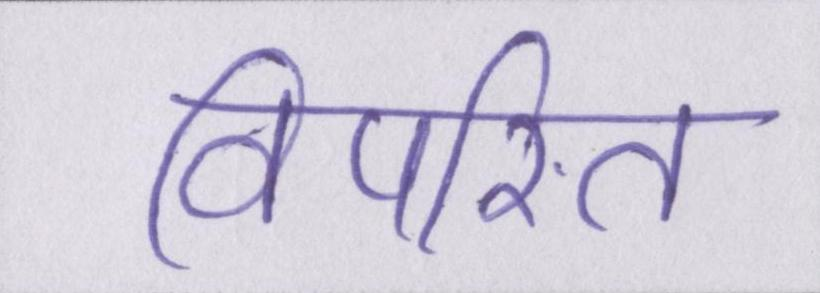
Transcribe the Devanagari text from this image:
विपरित